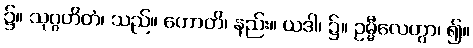
၌။ သုဂ္ဂဟိတံ၊ သည်။ ဟောတိ၊ နည်း။ ယဒါ၊ ၌။ ဥမ္မီလေတွာ၊ ၍။